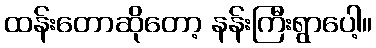
ထန်းတောဆိုတော့ နန်းကြီးရွာပေါ့။